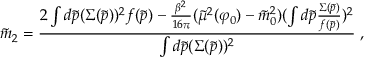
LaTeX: \tilde { m } _ { 2 } = { \frac { 2 \int d \tilde { p } ( \Sigma ( \tilde { p } ) ) ^ { 2 } f ( \tilde { p } ) - { \frac { \beta ^ { 2 } } { 1 6 \pi } } ( \tilde { \mu } ^ { 2 } ( \varphi _ { 0 } ) - \tilde { m } _ { 0 } ^ { 2 } ) ( \int d \tilde { p } { \frac { \Sigma ( \tilde { p } ) } { f ( \tilde { p } ) } } ) ^ { 2 } } { \int d \tilde { p } ( \Sigma ( \tilde { p } ) ) ^ { 2 } } } \; ,